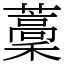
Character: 藳